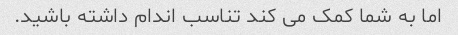
اما به شما کمک می کند تناسب اندام داشته باشید.